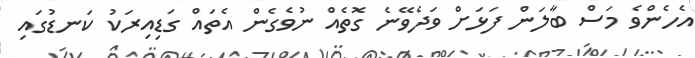
އެހެންވެ މަސް ބާލަން ފަޅަށް ވަދެވޭނެ ގޮތެއް ނުވެގެން އެތައް ގަޑިއިރަކު ކަނޑުގައި